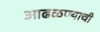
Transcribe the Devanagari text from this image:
आढळण्याची